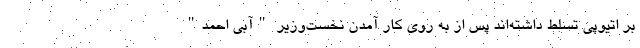
بر اتیوپی تسلط داشته‌اند پس از به روی کار آمدن نخست‌وزیر "آبی احمد"